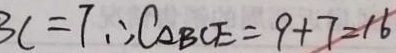
3 c = 7 \therefore C _ { \Delta B C E } = 9 + 7 = 1 6